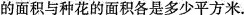
的面积与种花的面积各是多少平方米。